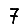
Digit: 7